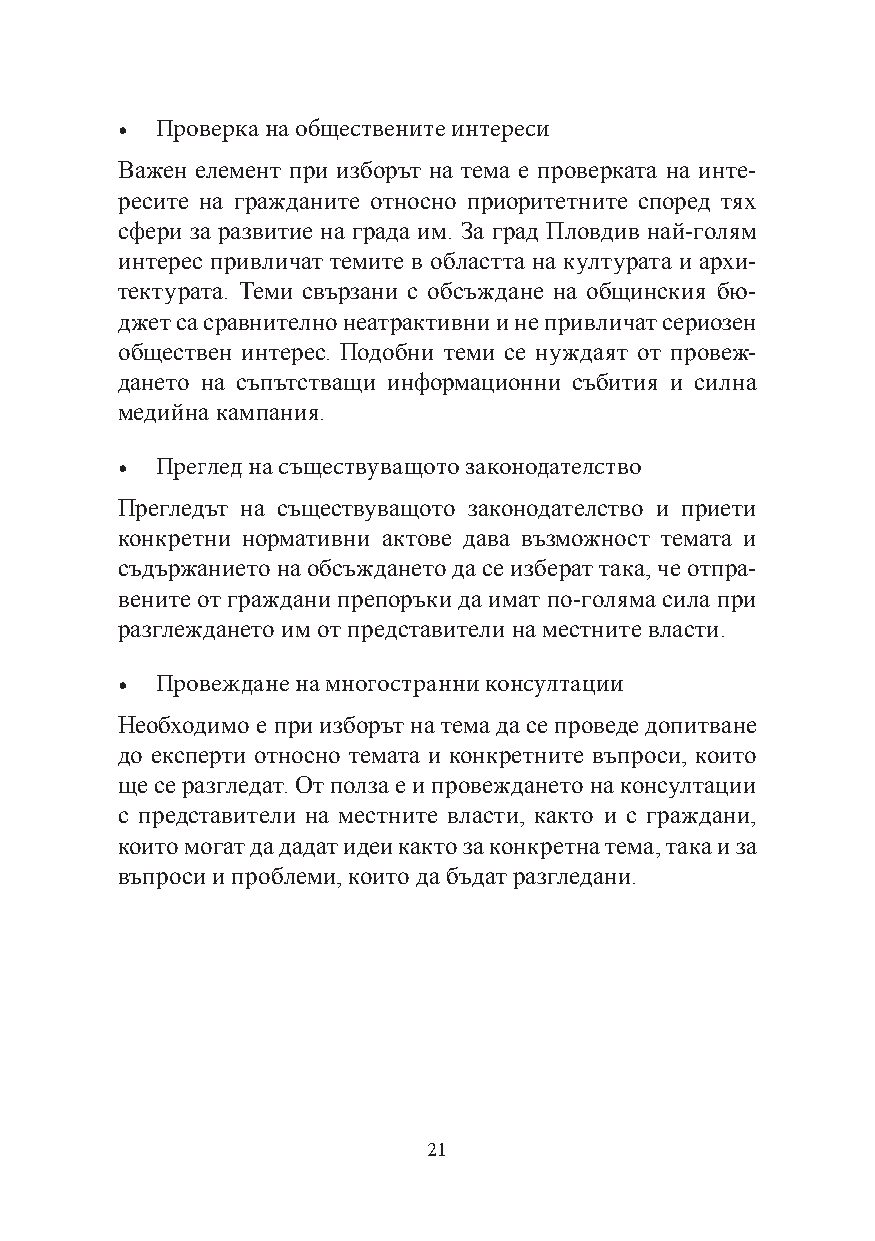
• Проверка на обществените интереси
 Важен елемент при изборът на тема е проверката на инте-
 ресите на гражданите относно приоритетните според тях
 сфери за развитие на града им. За град Пловдив най-голям
 интерес привличат темите в областта на културата и архи-
 тектурата. Теми свързани с обсъждане на общинския бю-
 джет са сравнително неатрактивни и не привличат сериозен
 обществен интерес. Подобни теми се нуждаят от провеж-
 дането на съпътстващи информационни събития и силна
 медийна кампания.
 • Преглед на съществуващото законодателство
 Прегледът на съществуващото законодателство и приети
 конкретни нормативни актове дава възможност темата и
 съдържанието на обсъждането да се изберат така, че отпра-
 вените от граждани препоръки да имат по-голяма сила при
 разглеждането им от представители на местните власти.
 • Провеждане на многостранни консултации
 Необходимо е при изборът на тема да се проведе допитване
 до експерти относно темата и конкретните въпроси, които
 ще се разгледат. От полза е и провеждането на консултации
 с представители на местните власти, както и с граждани,
 които могат да дадат идеи както за конкретна тема, така и за
 въпроси и проблеми, които да бъдат разгледани.
 21